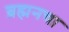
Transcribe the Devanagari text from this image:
ब्रह्मनचा